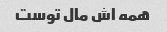
همه اش مال توست